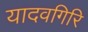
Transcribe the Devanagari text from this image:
यादवगिरि